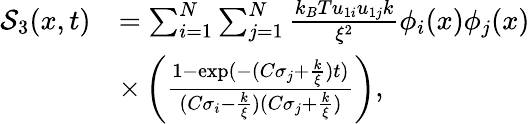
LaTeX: \begin{array}{rl}{\mathcal{S}_{3}(x,t)}&{=\sum_{i=1}^{N}\sum_{j=1}^{N}\frac{k_{B}Tu_{1i}u_{1j}k}{\xi^{2}}\phi_{i}(x)\phi_{j}(x)}\\ &{\times\left(\frac{1-\exp(-(C\sigma_{j}+\frac{k}{\xi})t)}{(C\sigma_{i}-\frac{k}{\xi})(C\sigma_{j}+\frac{k}{\xi})}\right),}\end{array}